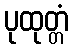
ပုထုတ္တံ